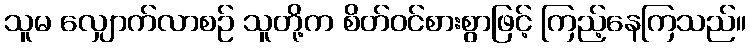
သူမ လျှောက်လာစဉ် သူတို့က စိတ်ဝင်စားစွာဖြင့် ကြည့်နေကြသည်။